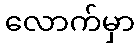
လောက်မှာ